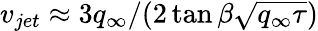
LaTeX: v_{jet}\approx 3q_{\infty}/(2\tan\beta\sqrt{q_{\infty}\tau})